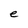
Character: e